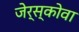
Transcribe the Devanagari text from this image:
जेर्स्कोवा